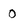
Character: 0